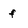
Character: f